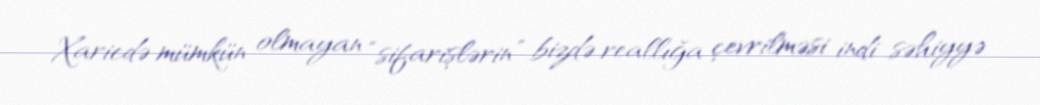
Xaricdə mümkün olmayan “sifarişlərin” bizdə reallığa çevrilməsi indi səhiyyə